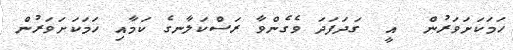
ހަމަކަށަވަރުން  އީ  ގަދަފަދަ ވެގެންވާ ރަސްކަލާނގެ ކަމާއި ހަމަކަށަވަރުން